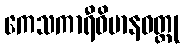
ကေသကာရီဝိမာနဝတ္ထု